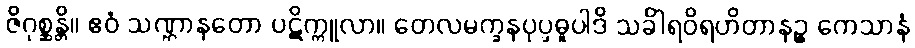
ဇိဂုစ္ဆန္တိ။ ဧဝံ သဏ္ဌာနတော ပဋိက္ကူလာ။ တေလမက္ခနပုပ္ဖဓူပါဒိ သင်္ခါရဝိရဟိတာနဉ္စ ကေသာနံ